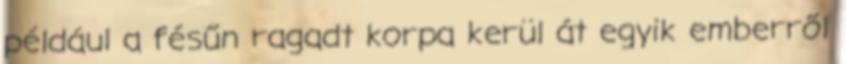
például a fésűn ragadt korpa kerül át egyik emberről